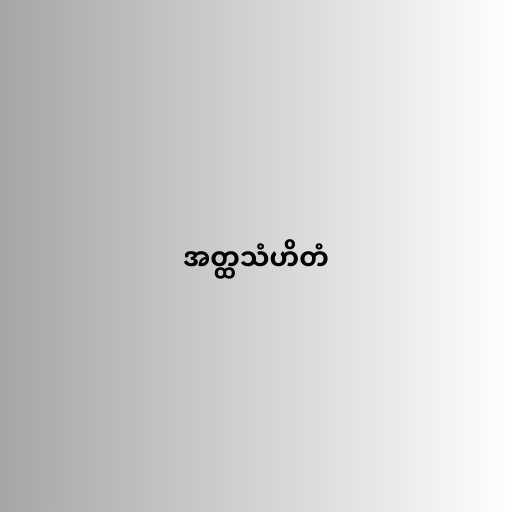
အတ္ထသံဟိတံ